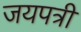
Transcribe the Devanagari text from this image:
जयपत्री